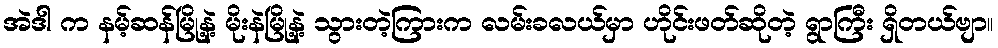
အဲဒါ က နမ့်ဆန်မြို့နဲ့ မိုးနဲမြို့နဲ့ သွားတဲ့ကြားက လမ်းခလယ်မှာ ဟိုင်းဖတ်ဆိုတဲ့ ရွာကြီး ရှိတယ်ဗျာ။